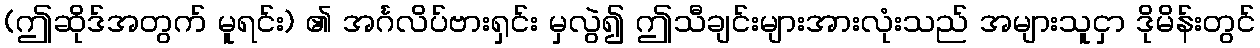
(ဤဆိုဒ်အတွက် မူရင်း) ၏ အင်္ဂလိပ်ဗားရှင်း မှလွဲ၍ ဤသီချင်းများအားလုံးသည် အများသူငှာ ဒိုမိန်းတွင်